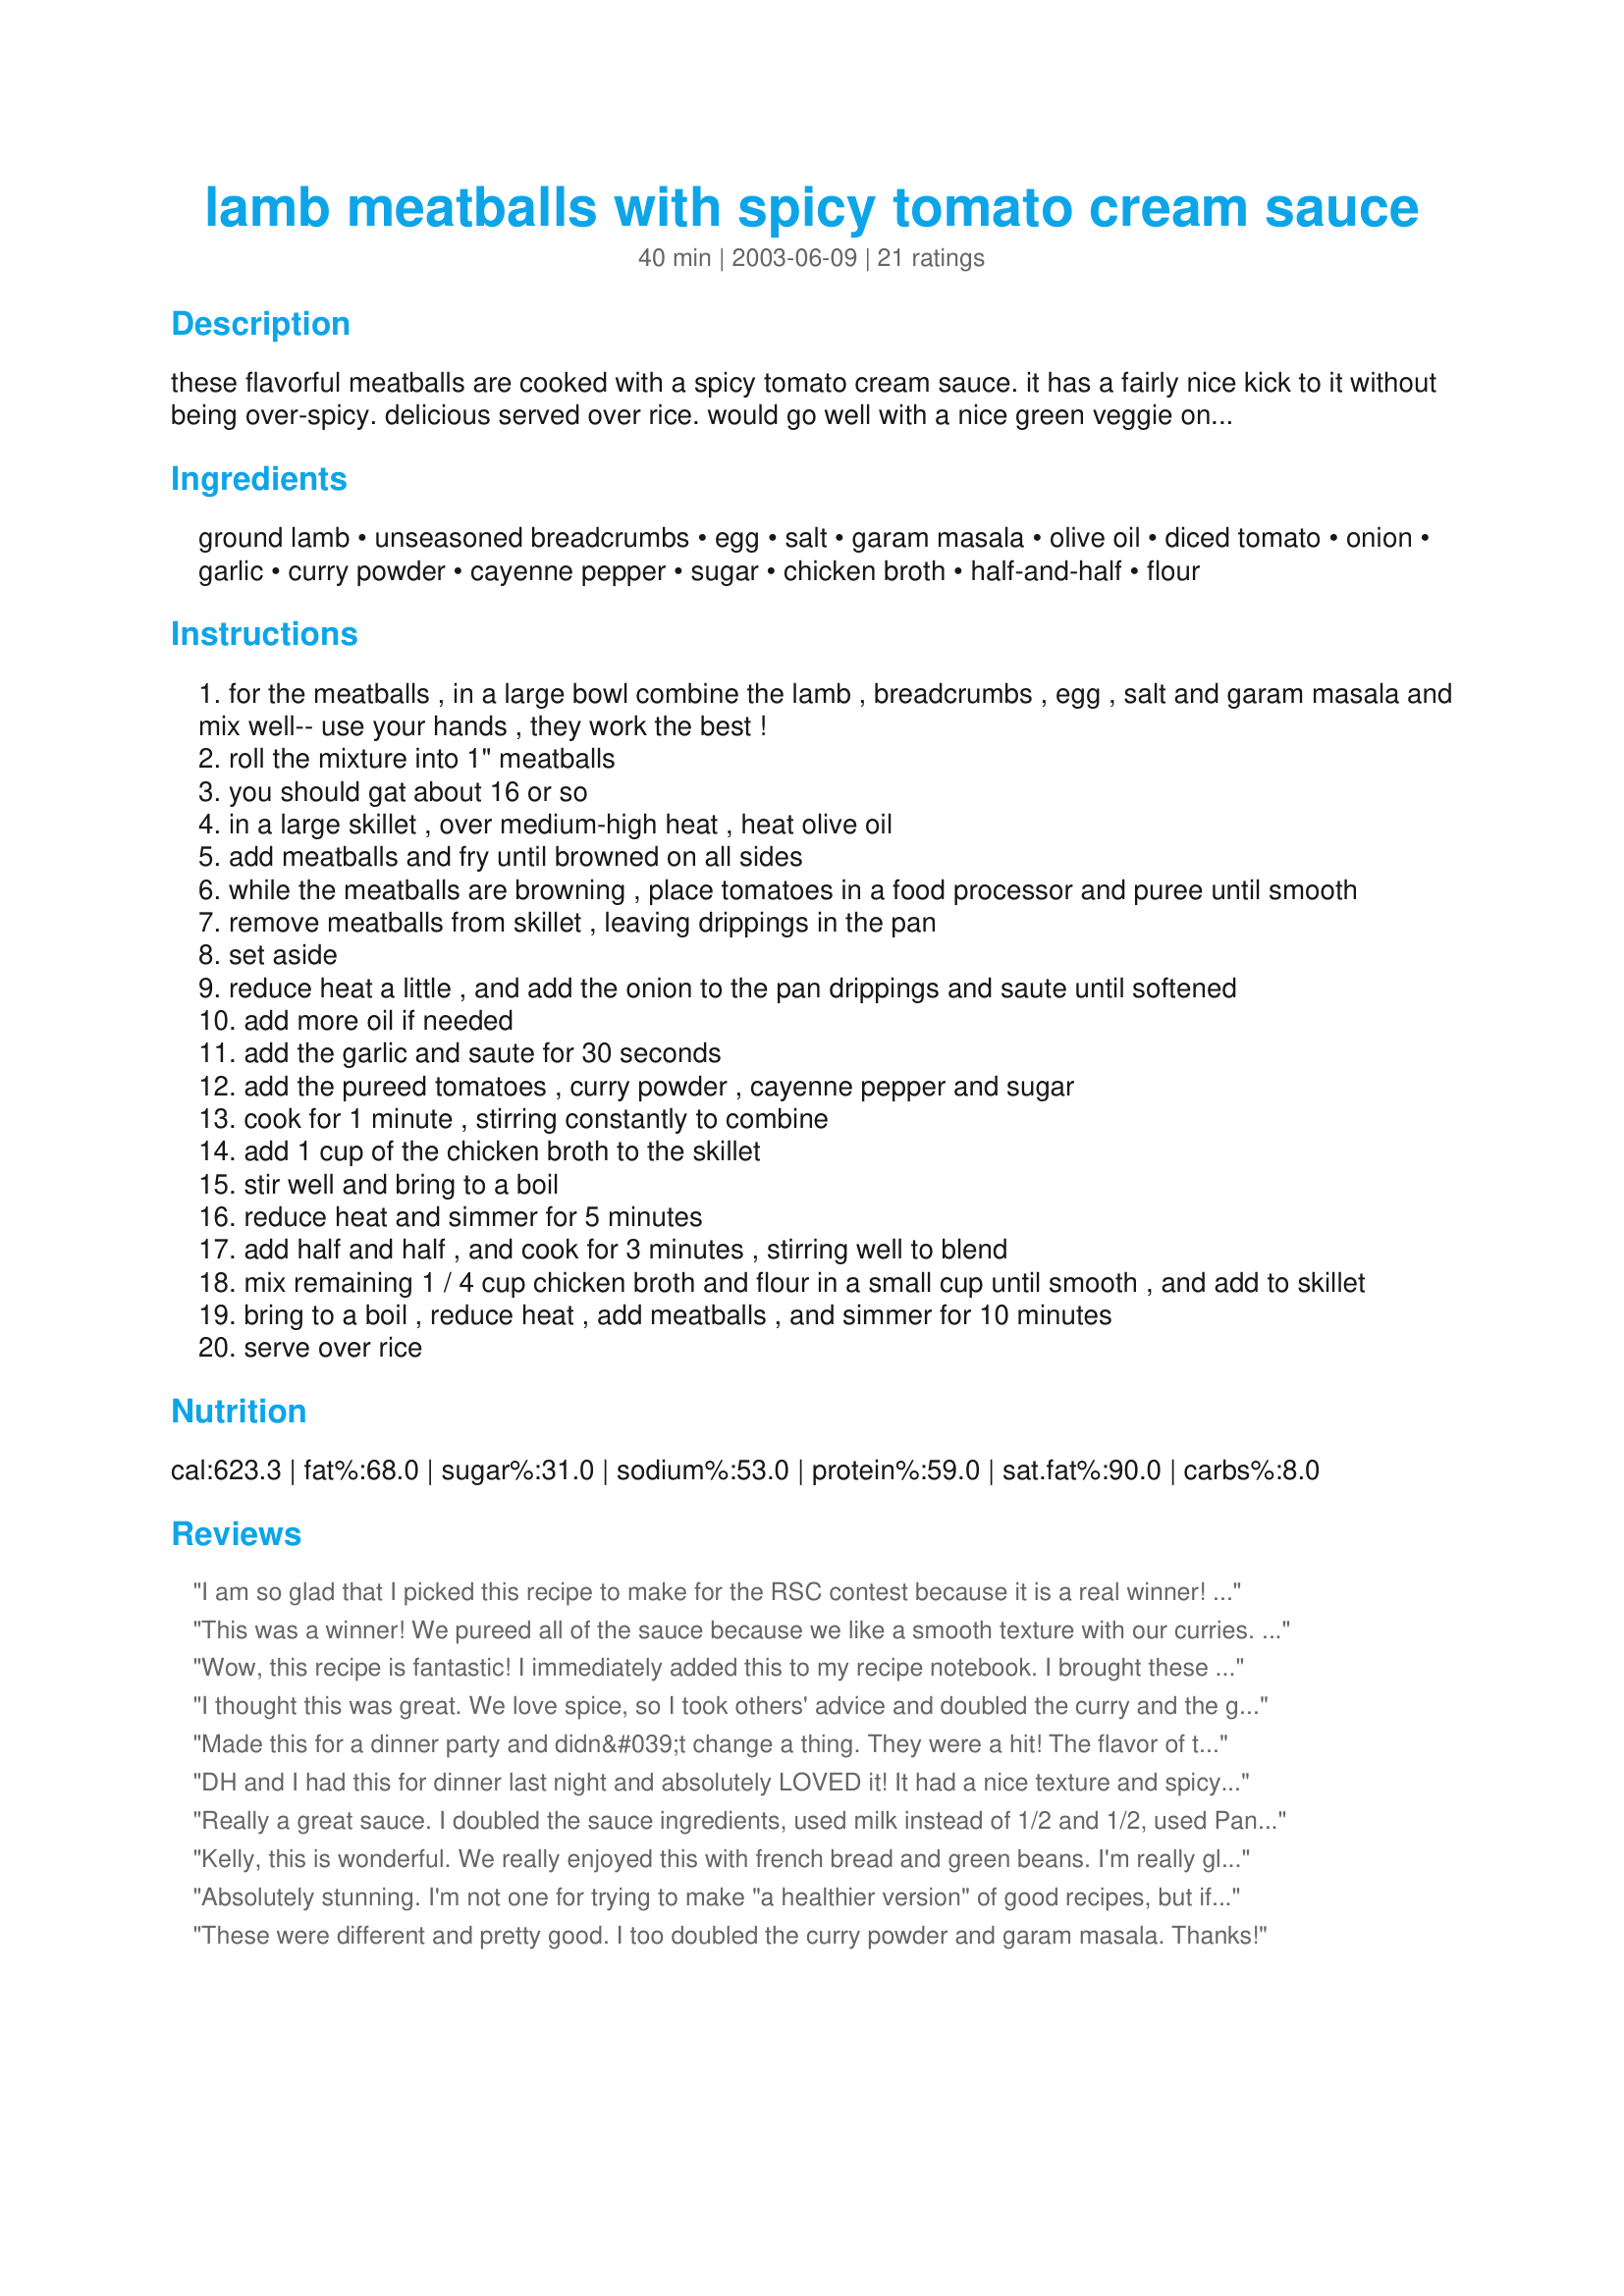
lamb meatballs with spicy tomato cream sauce
Preparation time: 40 minutes

these flavorful meatballs are cooked with a spicy tomato cream sauce. it has a fairly nice kick to it without being over-spicy. delicious served over rice. would go well with a nice green veggie on the side! reminds me of swedish meatballs, only better!

Ingredients:
ground lamb, unseasoned breadcrumbs, egg, salt, garam masala, olive oil, diced tomato, onion, garlic, curry powder, cayenne pepper, sugar, chicken broth, half-and-half, flour

Steps:
for the meatballs , in a large bowl combine the lamb , breadcrumbs , egg , salt and garam masala and mix well-- use your hands , they work the best !
roll the mixture into 1" meatballs
you should gat about 16 or so
in a large skillet , over medium-high heat , heat olive oil
add meatballs and fry until browned on all sides
while the meatballs are browning , place tomatoes in a food processor and puree until smooth
remove meatballs from skillet , leaving drippings in the pan
set aside
reduce heat a little , and add the onion to the pan drippings and saute until softened
add more oil if needed
add the garlic and saute for 30 seconds
add the pureed tomatoes , curry powder , cayenne pepper and sugar
cook for 1 minute , stirring constantly to combine
add 1 cup of the chicken broth to the skillet
stir well and bring to a boil
reduce heat and simmer for 5 minutes
add half and half , and cook for 3 minutes , stirring well to blend
mix remaining 1 / 4 cup chicken broth and flour in a small cup until smooth , and add to skillet
bring to a boil , reduce heat , add meatballs , and simmer for 10 minutes
serve over rice

Reviews:
I am so glad that I picked this recipe to make for the RSC contest because it is a real winner! I made this dish exactly as instructed and got perfect results and a wonderful meal for two with one serving left over. I actually made this recipe the day before and reheated it with outstanding results! The meat balls are so very tender and the sauce filled with flavor. However, it was very spicy (fine for us) and some people might want to cut down on the cayenne pepper just a bit. 
I know I will make this again, not only for my family, but as a great dish to serve to company. Congratulations on creating an excellent recipe.
This was a winner! We pureed all of the sauce because we like a smooth texture with our curries. The meatballs are so yummy! We ended up eating it with ground turkey instead of lamb because that is what we had, but I can only imagine it is even tastier with the lamb.
Wow, this recipe is fantastic! I immediately added this to my recipe notebook. I brought these to a party and everyone loved them. Only made a couple minor substitutions: substituted crushed canned tomatoes and used yogurt instead of half and half. Let the sauce cool a bit before adding the yogurt so it doesn&#039;t curdle. I served it with white rice. Thank you Kelly for this great recipe! Oh, one more thing: 1/2 lb of lamb is not enough. Quadruple the recipe because everyone will love it and you&#039;ll want the leftovers. 2lbs of lamb would serve about 4-5.
I thought this was great. We love spice, so I took others' advice and doubled the curry and the garam masala. I left out the sugar and added a chopped jalapeno with the onion. It was definitely hot, but delicious!
Made this for a dinner party and didn&#039;t change a thing. They were a hit! The flavor of the sauce and the meatballs is divine.
DH and I had this for dinner last night and absolutely LOVED it! It had a nice texture and spicy flavor. I doubled the garam masala, tripled the curry, and halved the sugar as suggested by other reviewers. I also used cream, only because I didn't have half and half on hand, and used slightly less chicken broth; again, because it was all I had on hand. My DH remarked how much he enjoyed the dish, which is a real compliment as he is somewhat difficult to impress. We will definitely be making this again. We had the meatballs over Jasmine rice, and served this with Recipe #60415, Potato and Zucchini Curry by Love4Culinary. It was a nice compliment. Thank you for this keeper!
Really a great sauce. I doubled the sauce ingredients, used milk instead of 1/2 and 1/2, used Panko for crumbs. Meatballs were good but could have been baked, its the sauce that makes this dish.
Kelly, this is wonderful. We really enjoyed this with french bread and green beans. I'm really glad I doubled the recipe! Actually, I doubled all ingredients except for the broth, added more like triple the curry powder, and used only 1 tsp sugar. This was great. Thanks for posting! -- posted Jun 4, 2005 UPDATING because I forgot to say before that I used nonfat milk thickened with cornstarch instead of half-and-half...yielded a rich-tasting but lower-calorie result. Fantastic meal. Thanks again.
Absolutely stunning. I'm not one for trying to make "a healthier version" of good recipes, but if you sub the cream for some low fat yogurt, there's no real difference. The meatballs are still beautifully juicy, and the sauce goes perfectly with boiled, sticky rice.
These were different and pretty good. I too doubled the curry powder and garam masala. Thanks!
This was a great recipe. I had been wanting to make it for awhile but lamb is hard to come by in my area - especially ground lamb. Upon reading the reviews I doubled the garam masala, garlic and curry but left the cayenne the same. The dish had a nice kick but it wasn't overwhelming. The tomato sauce turned out great. I served with sticky rice and broccoli. Thanks for posting!
we really enjoyed this recipe. my husband kept raving about how buttery the lamb tasted and couldn't believe that the recipe didn't have butter in it. Unlike Geema, the sauce wasn't quite spicy enough for MY taste so i doubled all the spices. This made it spicy but not too much, my 18 month old ate it. We thought the meatballs would be delicious on a pita with some raita. We served it with rice as directed which was quite good. I also substituted milk for the 1/2 and 1/2 to cut down on the fat, i don't think it affected it much. Thanks for a great recipe!!
The reviews were so positive for this recipe that I boldly decided to quadruple it before I even made it. I'm glad I did because the flavor is glorious! I decreased the amount of sugar by half because, like Lizzie-Babette, I didn't want a very sweet sauce. Other than that I didn't change a thing. I thought the spices were perfect - smoothe and comforting with just a little bite! I served the meatballs over brown rice with a cucumber raita on the side. My husband and I enjoyed it very much and I look forward to serving it to my in-laws. Thanks for a delightful recipe!
These are yummy~~My DH liked them very much. I doubled the curry powder and the garam masala. I put in 1 1/4 tsp. sugar, and I think next time I will leave it out. Thanks for sharing!! :O)
Yum yum and another YUM!! Made a couple minor changes - only used about 1 1/4 tsp sugar and also 1/2 cup canned tomato puree instead of fresh tomato. Also used fat free half-n-half which worked great and reduced the fat level but not the richness! Wonderful delicious, spicy, creamy, rich dinner. I cooked my rice with some garam masala. Thanks soooo much for the recipe Kelly!!
This made a lovely rich curry sauce with meatballs. I did need about twice the curry powder, but the strengh of curry powder, as well as individual tastes, varies. I used somewhat less broth and heavy cream. I simmered the sauce until it reached the desired thickness, so didn't need to thicken it with flour. Oh, and only used about 1/2 teaspoon sugar. Thank you for a nice recipe. I'll be making it again.
Great recipe! doubled w/o problem. Kept meat seasoning proportionally as written but doubled curry and cayenne in sauce ( quadrupled as I doubled recipe). Absolutely delicious! Served with a scattering of chopped fresh Italian parsley and steamed Super Basmati rice. Will make for company and proudly serve. Seems like a perfect dish to cook up and then throw in the crockpot on &quot;warm&quot; to serve buffet style with rice and a salad and maybe creamed spinach on the side - easy entertaining! Thanks for posting Kelly M.!
Very good. Loved everything about it. The sauce was to die for. I served it over white rice. When I got home my husband told me after he ate his dinner, he put some more of the sauce over his noodles. Again, awesome
I made this recipe exactly as directed; unfortunately, this dish didn't overly appeal to DH or me. It smelled great while cooking, but didn't have the flavor we expected. The sauce seemed extremely sweet to us, with a less pronounced tomato flavor. However, the lamb meatballs were quite good, with a nice spice to them, and I plan to use that portion of the recipe again to make lamb meatballs in a different tomato sauce. This is definitely a unique recipe, with unusualy yet pleasant taste, and if a sweeter tomato sauce is what you're looking for, this recipe may be just the ticket.
I really loved this recipe. Very comforting, very easy for a weeknight meal. I will double the recipe next time though!
These are just too good for words! We are trying to stay away from beef and this is an excellent choice! I doubled the recipe and served them over rice pilaf with a tzatziki style cucmber salad on the side. the meatballs were tender and flavorful and the sauce is just beyond description...tomatoey,creamy,spicey yet mellow, very comforting. I will be serving this often. Thanks Kelly for creating this scrumptious recipe!
